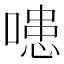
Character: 𭊍